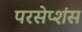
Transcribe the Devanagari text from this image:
परसेप्शंस